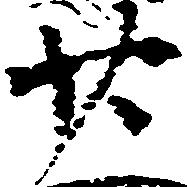
廿